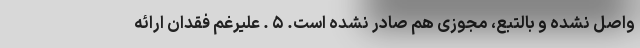
واصل نشده و بالتبع، مجوزی هم صادر نشده است. ۵ . علیرغم فقدان ارائه